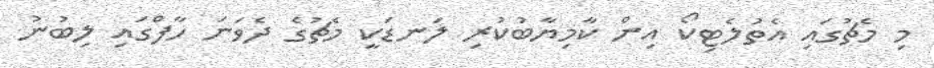
މި މެޗުގައި އެތުލެޓިކޯ އިން ކާމިޔާބުކުރި ލަނޑަކީ މެޗުގެ ދެވަނަ ހާފްގައި ލިބުނު